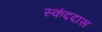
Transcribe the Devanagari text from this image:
स्कंददास